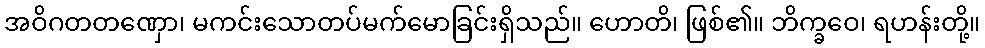
အဝိဂတတဏှော၊ မကင်းသောတပ်မက်မောခြင်းရှိသည်။ ဟောတိ၊ ဖြစ်၏။ ဘိက္ခဝေ၊ ရဟန်းတို့။